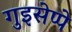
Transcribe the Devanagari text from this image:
गुइसेप्पे